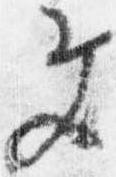
文